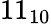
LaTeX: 11_{10}